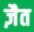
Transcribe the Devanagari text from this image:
ज़ैत